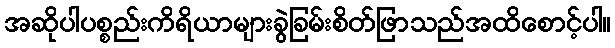
အဆိုပါပစ္စည်းကိရိယာများခွဲခြမ်းစိတ်ဖြာသည်အထိစောင့်ပါ။